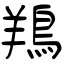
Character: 鴹